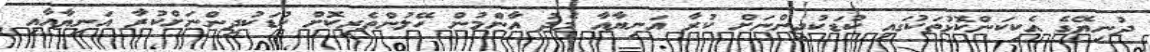
ދުނިޔޭގެ އެކިކަންކޮޅުތަކުގައި ކުޑަކުދިންނަށް ކުރާ އަނިޔާއާ މެދު އާންމުން ހޭލުންތެރިކޮށް ކުޑަކުދިންނަށްކުރާ އަނިޔާއާއި